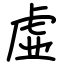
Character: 虚